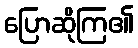
ပြောဆိုကြ၏